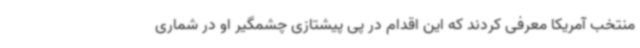
منتخب آمریکا معرفی کردند که این اقدام در پی پیشتازی چشمگیر او در شماری